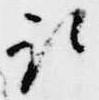
取